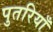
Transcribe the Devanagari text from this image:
पुतरियाँ